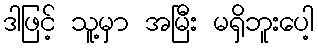
ဒါဖြင့် သူ့မှာ အမြီး မရှိဘူးပေါ့